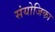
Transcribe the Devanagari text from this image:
संयोजिका